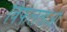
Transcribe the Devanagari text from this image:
विफलताओ